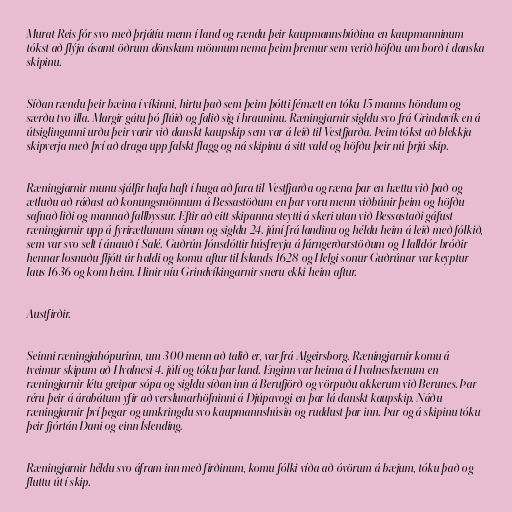
Murat Reis fór svo með þrjátíu menn í land og rændu þeir kaupmannsbúðina en kaupmanninum
tókst að flýja ásamt öðrum dönskum mönnum nema þeim þremur sem verið höfðu um borð í danska
skipinu.

Síðan rændu þeir bæina í víkinni, hirtu það sem þeim þótti fémætt en tóku 15 manns höndum og
særðu tvo illa. Margir gátu þó flúið og falið sig í hrauninu. Ræningjarnir sigldu svo frá Grindavík en á
útsiglingunni urðu þeir varir við danskt kaupskip sem var á leið til Vestfjarða. Þeim tókst að blekkja
skipverja með því að draga upp falskt flagg og ná skipinu á sitt vald og höfðu þeir nú þrjú skip.

Ræningjarnir munu sjálfir hafa haft í huga að fara til Vestfjarða og ræna þar en hættu við það og
ætluðu að ráðast að konungsmönnum á Bessastöðum en þar voru menn viðbúnir þeim og höfðu
safnað liði og mannað fallbyssur. Eftir að eitt skipanna steytti á skeri utan við Bessastaði gáfust
ræningjarnir upp á fyrirætlunum sínum og sigldu 24. júní frá landinu og héldu heim á leið með fólkið,
sem var svo selt í ánauð í Salé. Guðrún Jónsdóttir húsfreyja á Járngerðarstöðum og Halldór bróðir
hennar losnuðu fljótt úr haldi og komu aftur til Íslands 1628 og Helgi sonur Guðrúnar var keyptur
laus 1636 og kom heim. Hinir níu Grindvíkingarnir sneru ekki heim aftur.

Austfirðir.

Seinni ræningjahópurinn, um 300 menn að talið er, var frá Algeirsborg. Ræningjarnir komu á
tveimur skipum að Hvalnesi 4. júlí og tóku þar land. Enginn var heima á Hvalnesbænum en
ræningjarnir létu greipar sópa og sigldu síðan inn á Berufjörð og vörpuðu akkerum við Berunes. Þar
réru þeir á árabátum yfir að verslunarhöfninni á Djúpavogi en þar lá danskt kaupskip. Náðu
ræningjarnir því þegar og umkringdu svo kaupmannshúsin og ruddust þar inn. Þar og á skipinu tóku
þeir fjórtán Dani og einn Íslending.

Ræningjarnir héldu svo áfram inn með firðinum, komu fólki víða að óvörum á bæjum, tóku það og
fluttu út í skip.